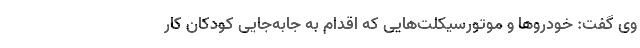
وی گفت: خودروها و موتورسیکلت‌هایی که اقدام به جابه‌جایی کودکان کار